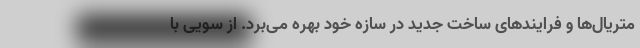
متریال‌ها و فرایندهای ساخت جدید در سازه خود بهره می‌برد. از سویی با